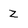
Character: Z